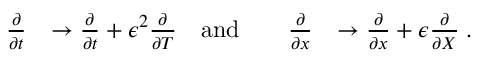
\begin{array} { r l r l r l } { \frac { \partial } { \partial t } } & { \rightarrow \frac { \partial } { \partial t } + \epsilon ^ { 2 } \frac { \partial } { \partial T } } & { \mathrm { a n d } } & { } & { \frac { \partial } { \partial x } } & { \rightarrow \frac { \partial } { \partial x } + \epsilon \frac { \partial } { \partial X } \; . } \end{array}